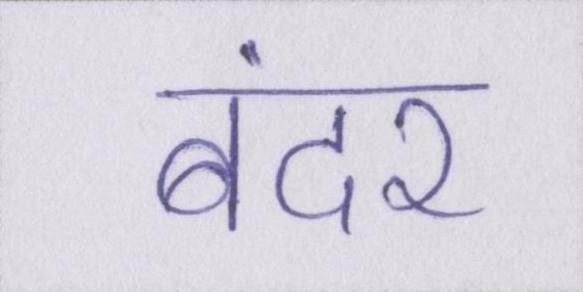
बंदर